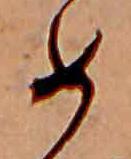
め